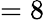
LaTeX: =8